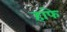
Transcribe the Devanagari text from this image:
हांफे